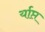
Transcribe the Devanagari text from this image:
र्याप्त